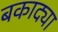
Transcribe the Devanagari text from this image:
बकाद्या